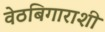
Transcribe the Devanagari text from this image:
वेठबिगाराशी